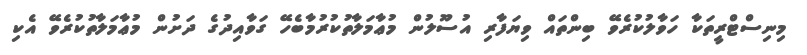
މިނިސްޓްރީތަކާ ހަވާލުކުރެވޭ ބިންތައް ވިޔަފާރި އުސޫލުން މުޢާމަލާތުކުރުމާބެހޭ ގަވާއިދުގެ ދަށުން މުޢާމަލާތުކުރެވޭ އެކި